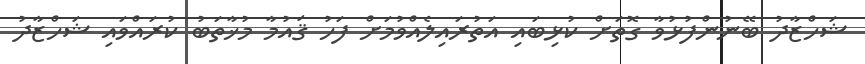
ޝަހްޒާދު ބޭނުންފުޅުވާ ގޮތަށް ކުޅިބައި އަތުރައިލެއްވުމަށް ފަހު ޤައުމާ މުޚާތަބު ކުރައްވައި ޝަހްޒާދު